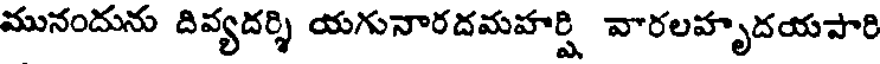
మునందును దివ్యదర్శి యగునారదమహర్షి వారలహృదయపారి